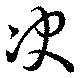
决